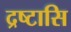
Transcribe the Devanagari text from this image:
द्रष्टासि